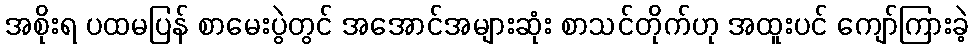
အစိုးရ ပထမပြန် စာမေးပွဲတွင် အအောင်အများဆုံး စာသင်တိုက်ဟု အထူးပင် ကျော်ကြားခဲ့